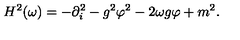
H ^ { 2 } ( \omega ) = - \partial _ { i } ^ { 2 } - g ^ { 2 } \varphi ^ { 2 } - 2 \omega g \varphi + m ^ { 2 } .